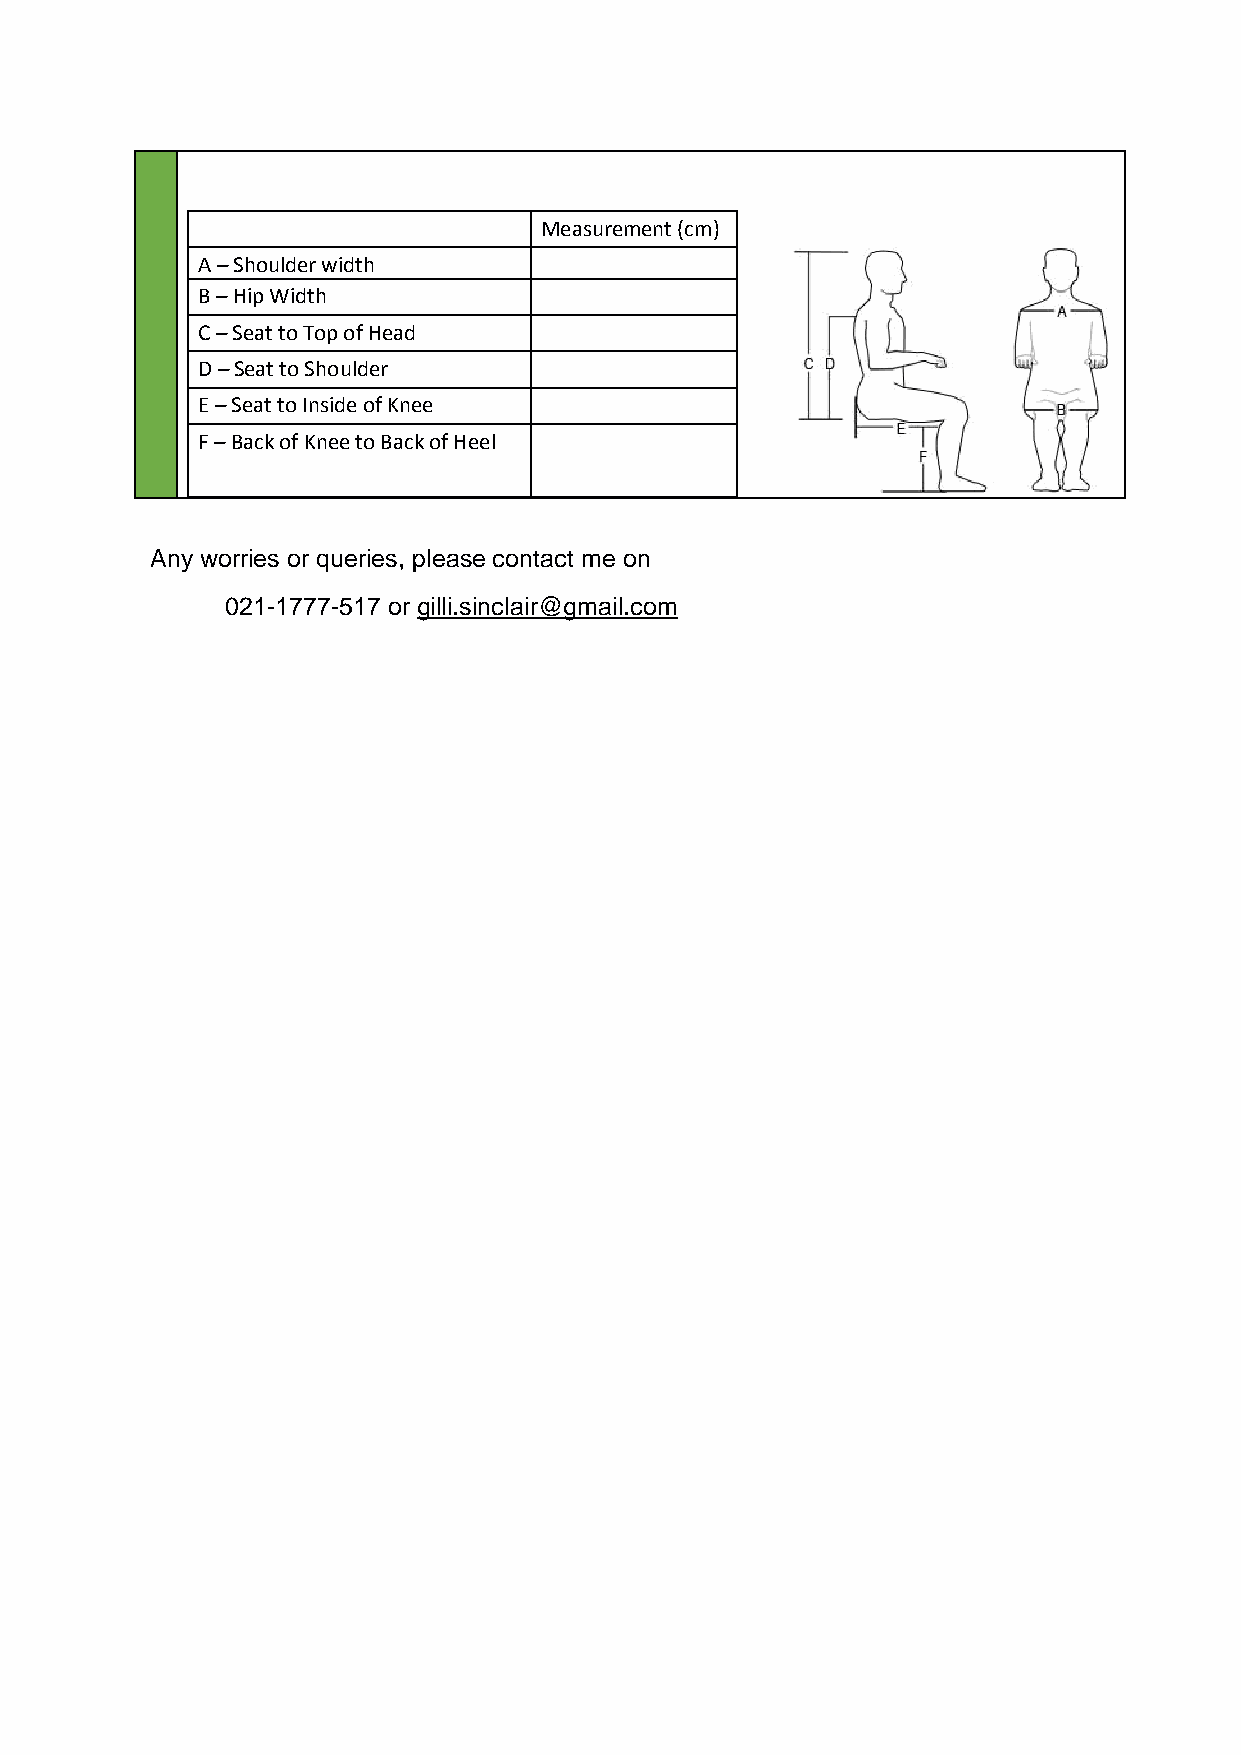
Measurement (cm)
 A – Shoulder width
 B – Hip Width
 C – Seat to Top of Head
 D – Seat to Shoulder
 E – Seat to Inside of Knee
 F – Back of Knee to Back of Heel
 Any worries or queries, please contact me on
 021-1777-517 or gilli.sinclair@gmail.com